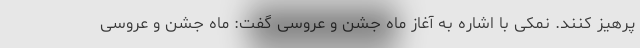
پرهیز کنند. نمکی با اشاره به آغاز ماه جشن و عروسی گفت: ماه جشن و عروسی